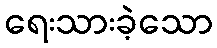
ရေးသားခဲ့သော